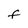
Character: F